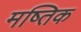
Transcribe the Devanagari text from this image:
मष्तिक